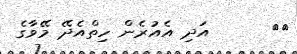
٢٢      އަދި އެއުރެން ހިތްއެދޭ މޭވާގެ